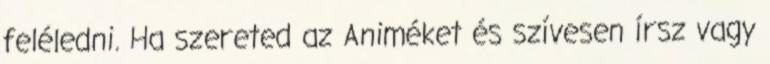
feléledni. Ha szereted az Animéket és szívesen írsz vagy